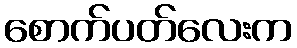
စောက်ပတ်လေးက